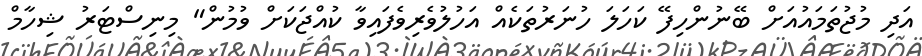
އަދި މުޖުތަމައުއަށް ބޭނުންހިފޭ ކަހަަލަ ހުނަރުތަކެއް އަހުލުވެރިވެފައިވާ ކުއްޖަކަށް ވުމުން" މިނިސްޓަރު ޝިހާމް